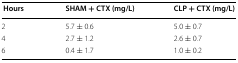
<table><thead><tr><td><b> Hours</b></td><td><b>SHAM + CTX (mg/L)</b></td><td><b>CLP + CTX (mg/L)</b></td></tr></thead><tbody><tr><td>2</td><td>5.7 ± 0.6</td><td>5.0 ± 0.7</td></tr><tr><td>4</td><td>2.7 ± 1.2</td><td>2.6 ± 0.7</td></tr><tr><td>6</td><td>0.4 ± 1.7</td><td>1.0 ± 0.2</td></tr></tbody></table>